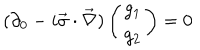
( \partial _ { 0 } - i \vec { \sigma } \cdot \vec { \nabla } ) \left( \begin{array} { c } { { g _ { 1 } } } \\ { { g _ { 2 } } } \\ \end{array} \right) = 0